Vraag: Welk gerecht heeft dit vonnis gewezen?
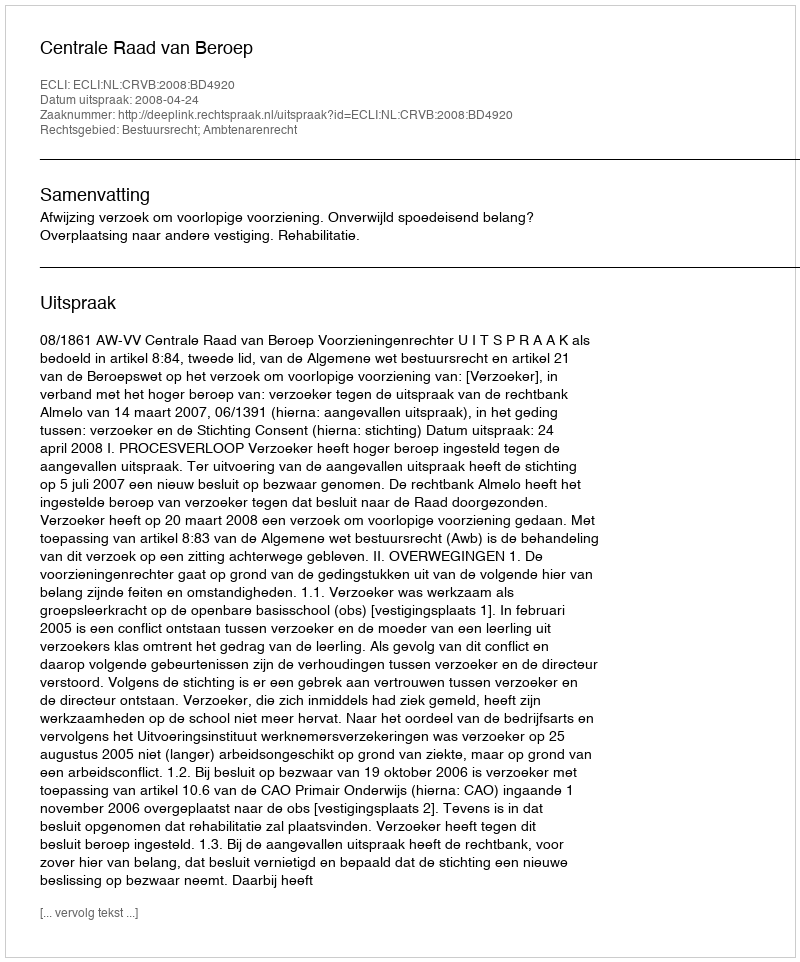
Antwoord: Centrale Raad van Beroep